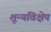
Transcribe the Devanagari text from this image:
शून्यविक्षेप